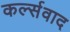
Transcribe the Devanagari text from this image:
कर्ल्सवाद